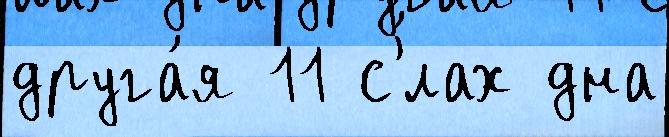
друга́я 11 с'́лах дна